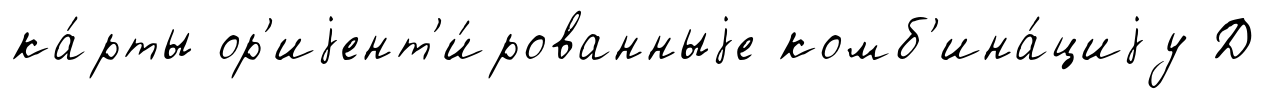
ка́рты ор'иjент'и́рованныjе комб'ина́циjу Д